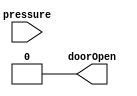
`timescale 1ns / 1ps
//////////////////////////////////////////////////////////////////////////////////
// Company: 
// Engineer: 
// 
// Design Name: 
// Module Name: door_open
// Project Name: 
// Target Devices: 
// Tool Versions: 
// Description: 
// 
// Dependencies: 
// 
// Revision:
// Revision 0.01 - File Created
// Additional Comments:
// 
//////////////////////////////////////////////////////////////////////////////////


module door_open(pressure,doorOpen);
input pressure;
output reg doorOpen;
initial doorOpen=0;
always@(pressure)
begin
if(pressure==1)  
 begin   
doorOpen=1;   
$display("Door is opened"); 
  end
end
always@ (pressure)
begin
if(pressure==0)  
begin 
 #2 doorOpen=0;  
$display("Door is closed");  
end
end
endmodule